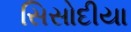
સિસોદીયા